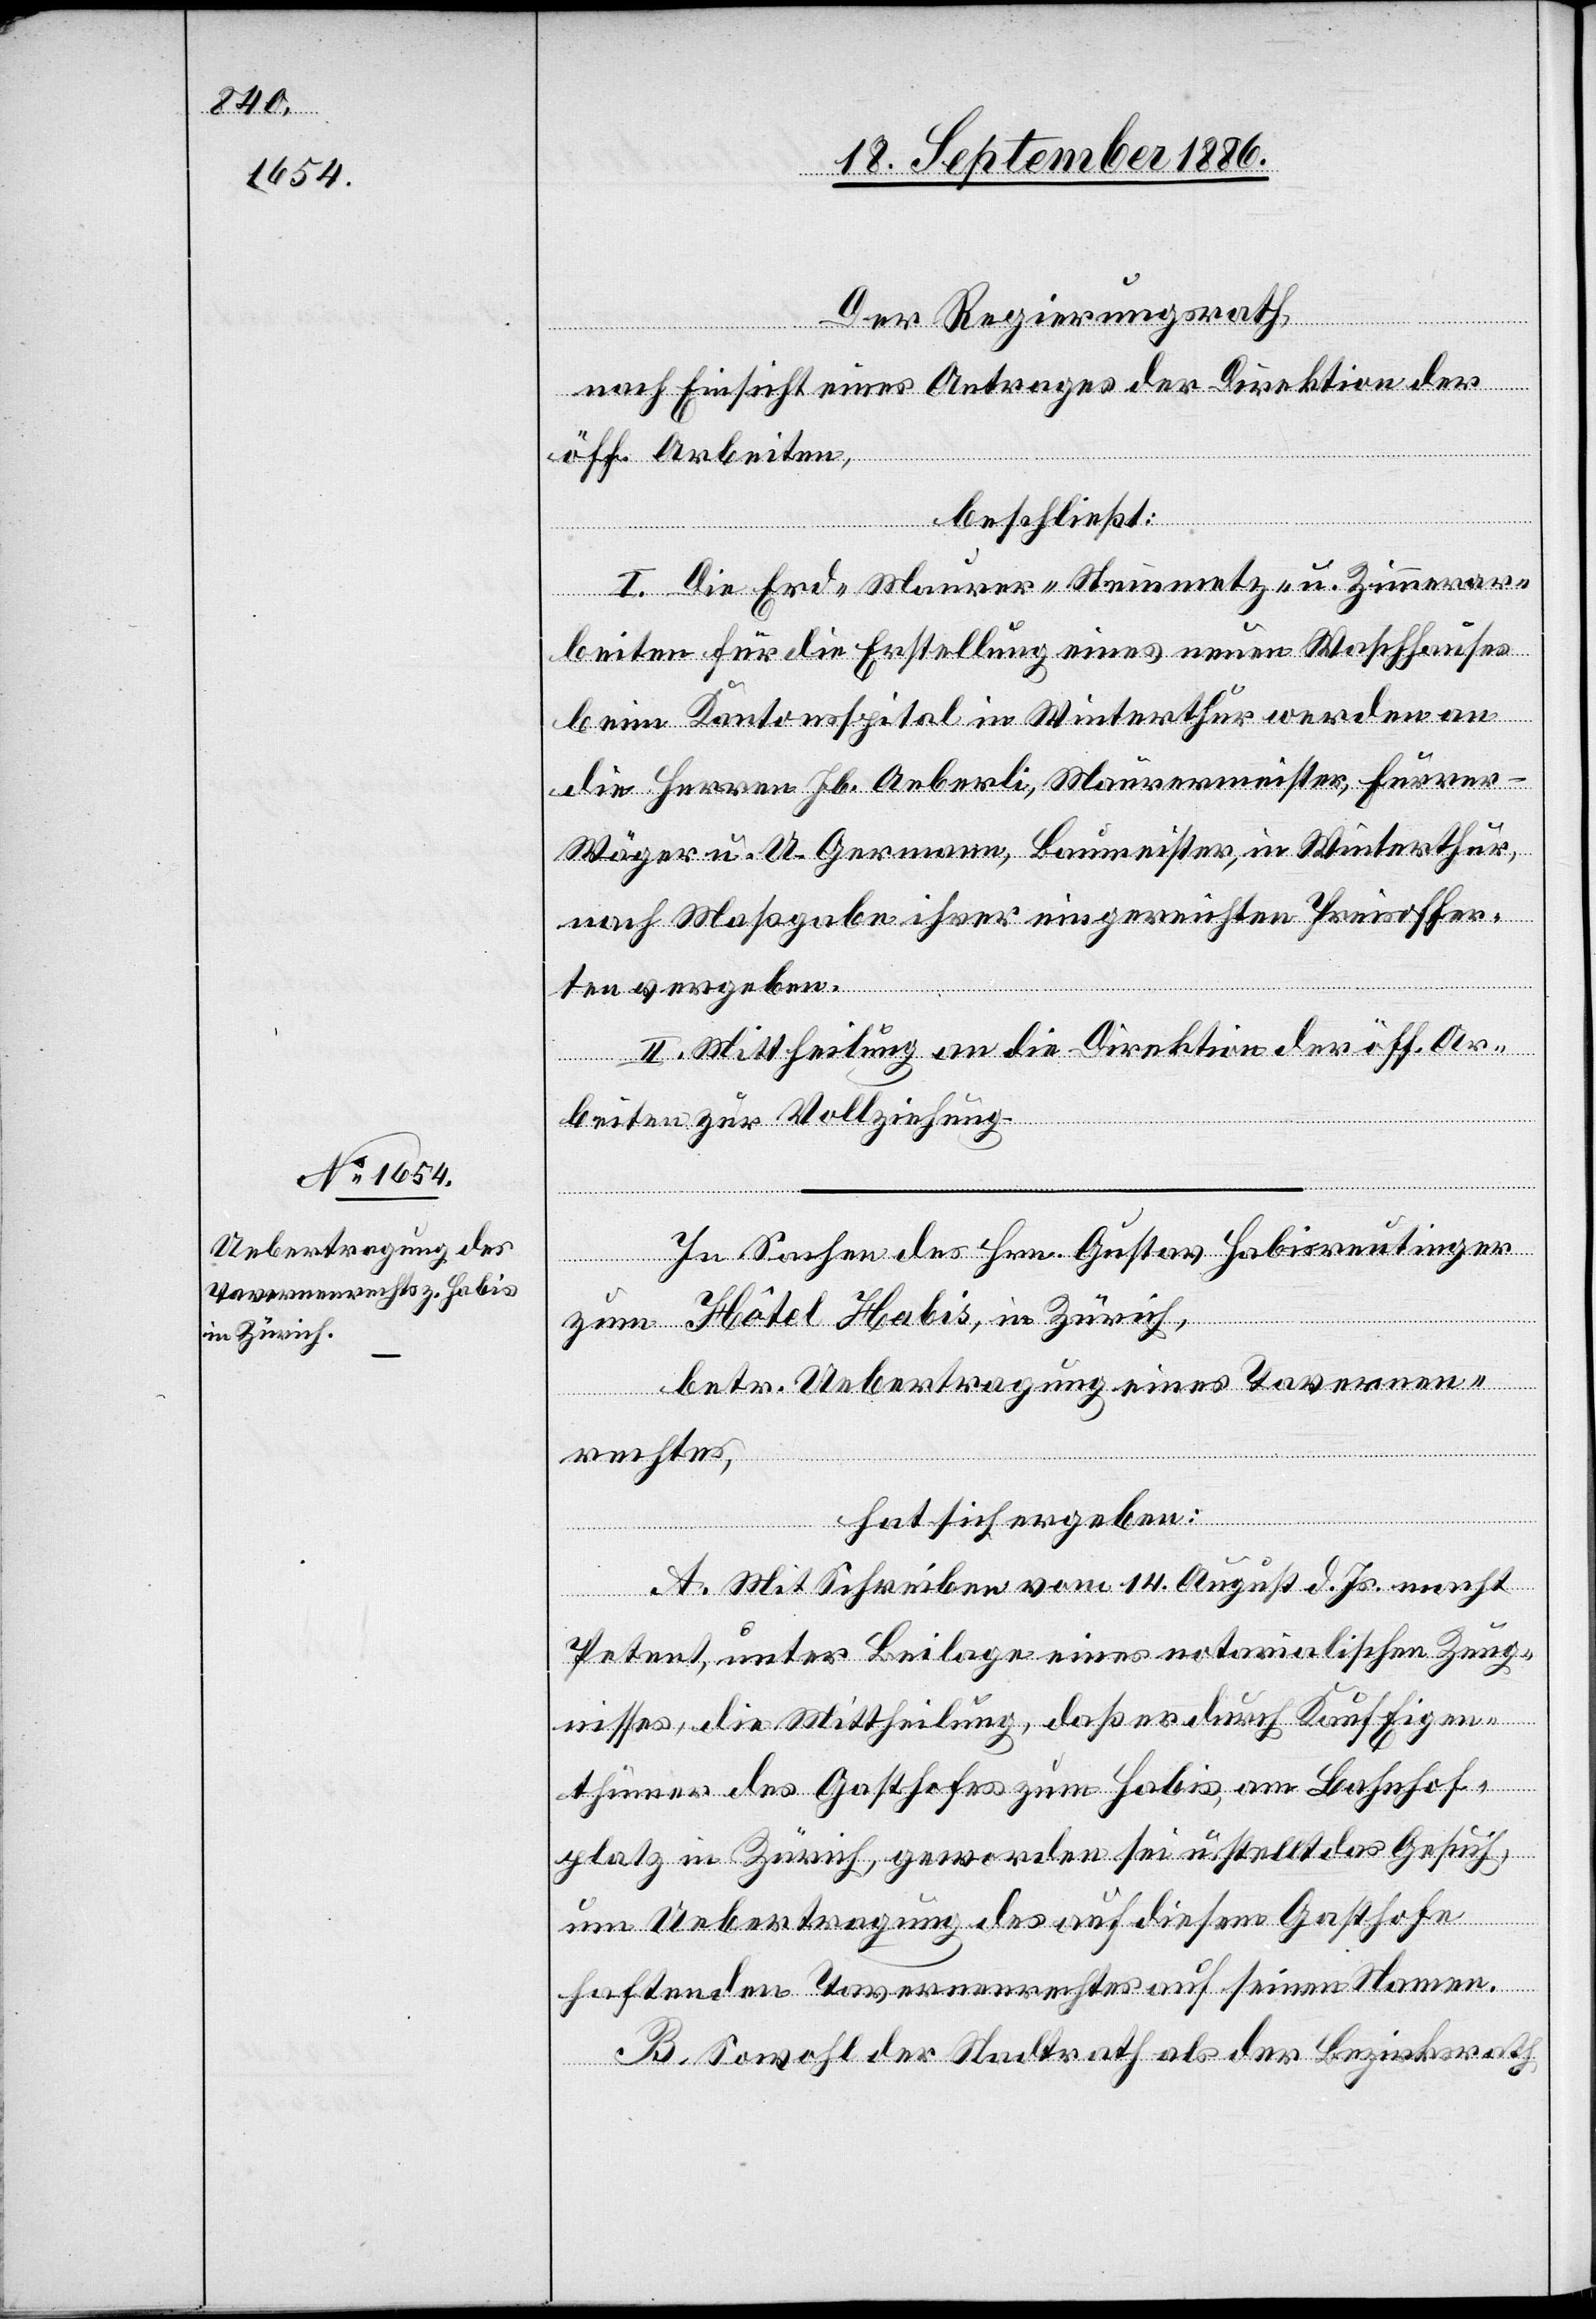
Der Regierungsrath,
nach Einsicht eines Antrages der Direktion der
öff. Arbeiten,
beschließt:
I. Die Erd- Maurer- Steinmetz- u. Zimmerar¬
beiten für die Erstellung eines neuen Waschhauses
beim Kantonsspital in Winterthur werden an
die Herren Jb. Aeberli, Maurermeister, Furre¬
r-Wäger u. U. Germann, Baumeister, in Winterthur,
nach Maßgabe ihrer eingereichten Preisoffer¬
ten vergeben.
II. Mittheilung an die Direktion der öff. Ar¬
beiten zur Vollziehung.
In Sachen des Hrn. Gustav Habisreutinger
zum Hôtel Habis, in Zürich,
betr. Uebertragung eines Tavernen¬
rechtes,
hat sich ergeben:
A. Mit Schreiben vom 14. August d. Js. macht
Petent, unter Beilage eines notarialischen Zeug¬
nisses, die Mittheilung, daß er durch Kauf Eigen¬
thümer des Gasthofes zum Habis, am Bahnhof¬
platz in Zürich, geworden sei u. stellt das Gesuch,
um Uebertragung des auf diesem Gasthofe
haftenden Tavernenrechtes auf seinen Namen.
B. Sowohl der Stadtrath als der Bezirksrath